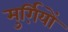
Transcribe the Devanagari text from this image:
मुर्ग़ियों